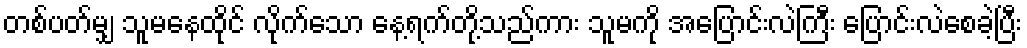
တစ်ပတ်မျှ သူမနေထိုင် လိုက်သော နေ့ရက်တို့သည်ကား သူမကို အပြောင်းလဲကြီး ပြောင်းလဲစေခဲ့ပြီး